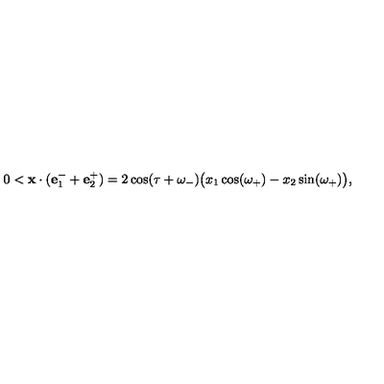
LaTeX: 0 < \mathbf { x } \cdot ( \mathbf { e } _ { 1 } ^ { - } + \mathbf { e } _ { 2 } ^ { + } ) = 2 \cos ( \tau + \omega _ { - } ) \big ( x _ { 1 } \cos ( \omega _ { + } ) - x _ { 2 } \sin ( \omega _ { + } ) \big ) ,